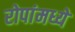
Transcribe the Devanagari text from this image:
रोपांमध्ये